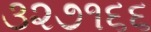
૩૨૭૧૬૬